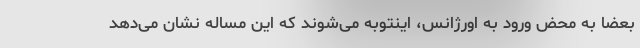
بعضا به محض ورود به اورژانس، اینتوبه می‌شوند که این مساله نشان می‌دهد